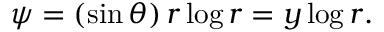
\begin{array} { r } { { \psi } = ( \sin \theta ) \, r \log r = y \log r . } \end{array}